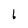
Character: b